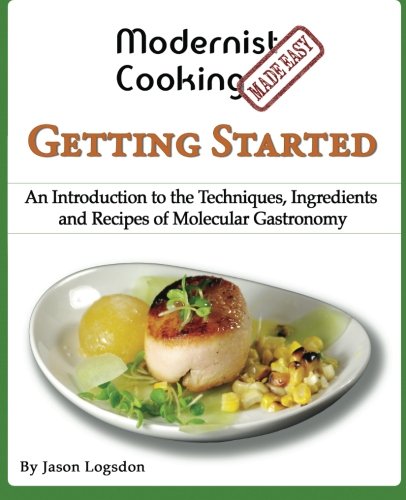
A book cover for Modernist Cooking Made Easy: Getting Started: An Introduction to the Techniques, Ingredients and Recipes of Molecular Gastronomy; Jason Logsdon; Cookbooks, Food & Wine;